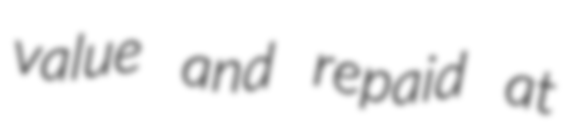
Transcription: value and repaid at